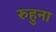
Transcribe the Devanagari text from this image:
रुहुना